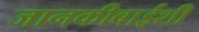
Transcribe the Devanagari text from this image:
जानकीबाईशी